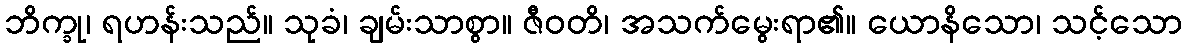
ဘိက္ခု၊ ရဟန်းသည်။ သုခံ၊ ချမ်းသာစွာ။ ဇီဝတိ၊ အသက်မွေးရာ၏။ ယောနိသော၊ သင့်သော